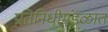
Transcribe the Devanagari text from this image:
प्रतिनिधीमंडळात